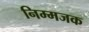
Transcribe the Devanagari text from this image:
निम्मजक